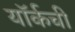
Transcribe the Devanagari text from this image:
यॉर्कची